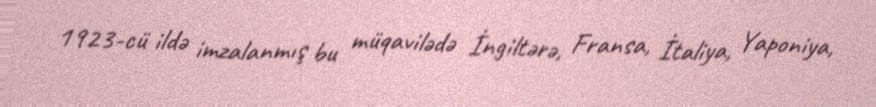
1923-cü ildə imzalanmış bu müqavilədə İngiltərə, Fransa, İtaliya, Yaponiya,